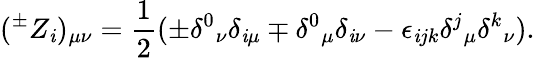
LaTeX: (^{\pm}Z_{\mathit{i}})_{\mu\nu}=\frac{{1}}{{2}}(\pm\delta^{0}{}_{\nu}\delta_{\mathit{i}\mu}\mp\delta^{0}{}_{\mu}\delta_{\mathit{i}\nu}-\epsilon_{\mathit{i}jk}\delta^{j}{}_{\mu}\delta^{k}{}_{\nu}).